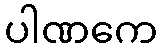
ပါဏကေ